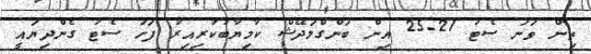
ތިން ވަނަ ސެޓު 21-25 އިން ބަންގްލަދޭޝް ކާމިޔާބުކުރިއިރު ފަހު ސެޓު ގެންދިޔައީ